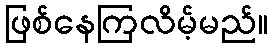
ဖြစ်နေကြလိမ့်မည်။